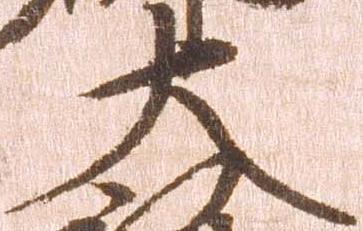
大